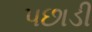
પછાડી